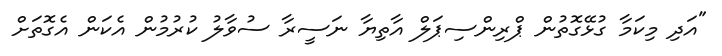
"އަދި މިކަމާ ގުޅޭގޮތުން ޕްރިންސިޕަލް އާތިޔާ ނަސީރާ ސުވާލު ކުރުމުން އެކަން އެގޮތަށް